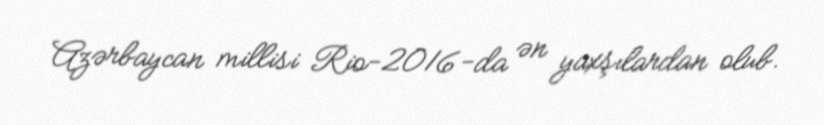
Azərbaycan millisi Rio-2016-da ən yaxşılardan olub.